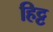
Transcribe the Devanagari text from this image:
हिट्ट